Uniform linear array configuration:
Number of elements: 64
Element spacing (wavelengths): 0.25
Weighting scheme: hann
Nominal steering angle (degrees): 45
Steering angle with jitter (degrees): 46.77
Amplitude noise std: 0.05
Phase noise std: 0.05

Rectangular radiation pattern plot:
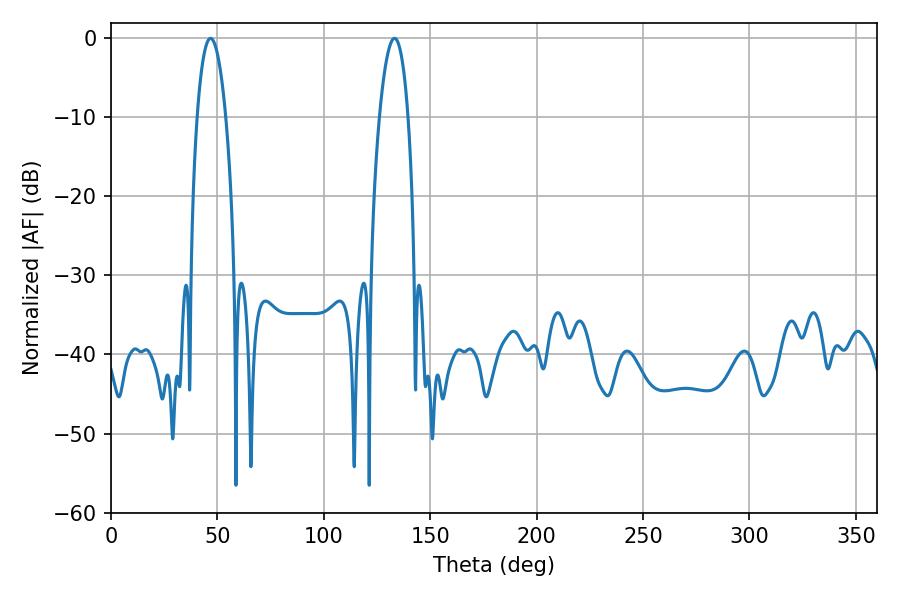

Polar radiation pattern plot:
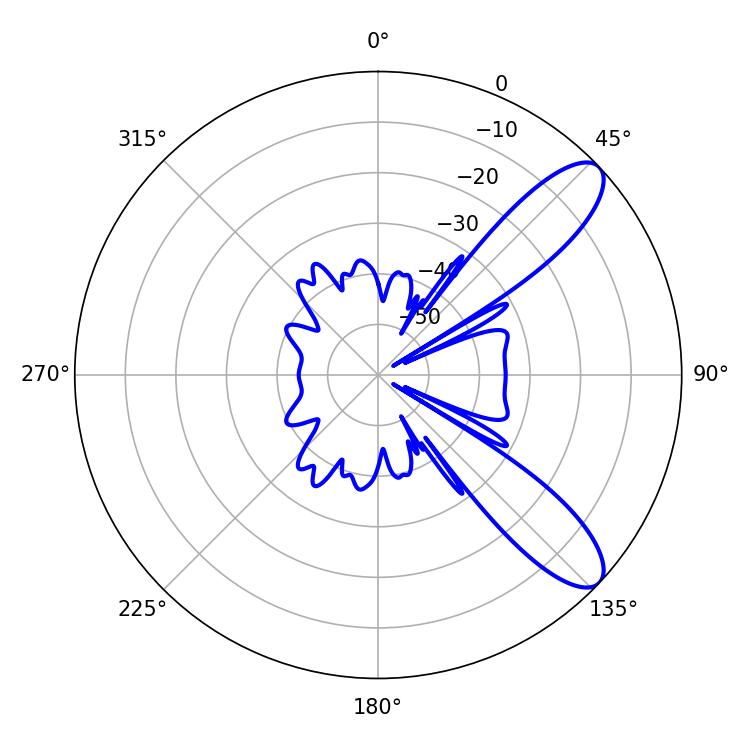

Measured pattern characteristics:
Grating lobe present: FALSE
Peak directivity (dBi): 9.906
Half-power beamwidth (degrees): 7.38
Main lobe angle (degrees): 46.8